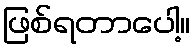
ဖြစ်ရတာပေါ့။